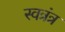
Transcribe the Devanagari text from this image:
स्वत्रंत्र